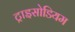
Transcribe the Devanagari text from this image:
ट्राइसोडियम